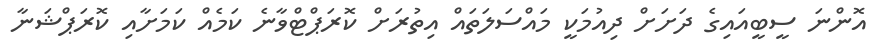
އޮންނަ ސީބީއައިގެ ދަށަށް ދިއުމަކީ މައްސަލަތައް އިތުރަށް ކޮރަޕްޓްވާނެ ކަމެއް ކަމަށާއި ކޮރަޕްޝަނާ